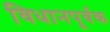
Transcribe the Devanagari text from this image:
विधानपूर्वक